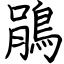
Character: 鵑